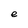
Character: e